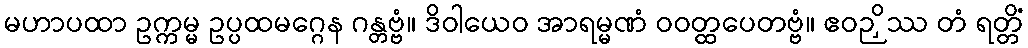
မဟာပထာ ဥက္ကမ္မ ဥပ္ပထမဂ္ဂေန ဂန္တဗ္ဗံ။ ဒိဝါယေဝ အာရမ္မဏံ ဝဝတ္ထပေတဗ္ဗံ။ ဧဝဉှိဿ တံ ရတ္တိံ